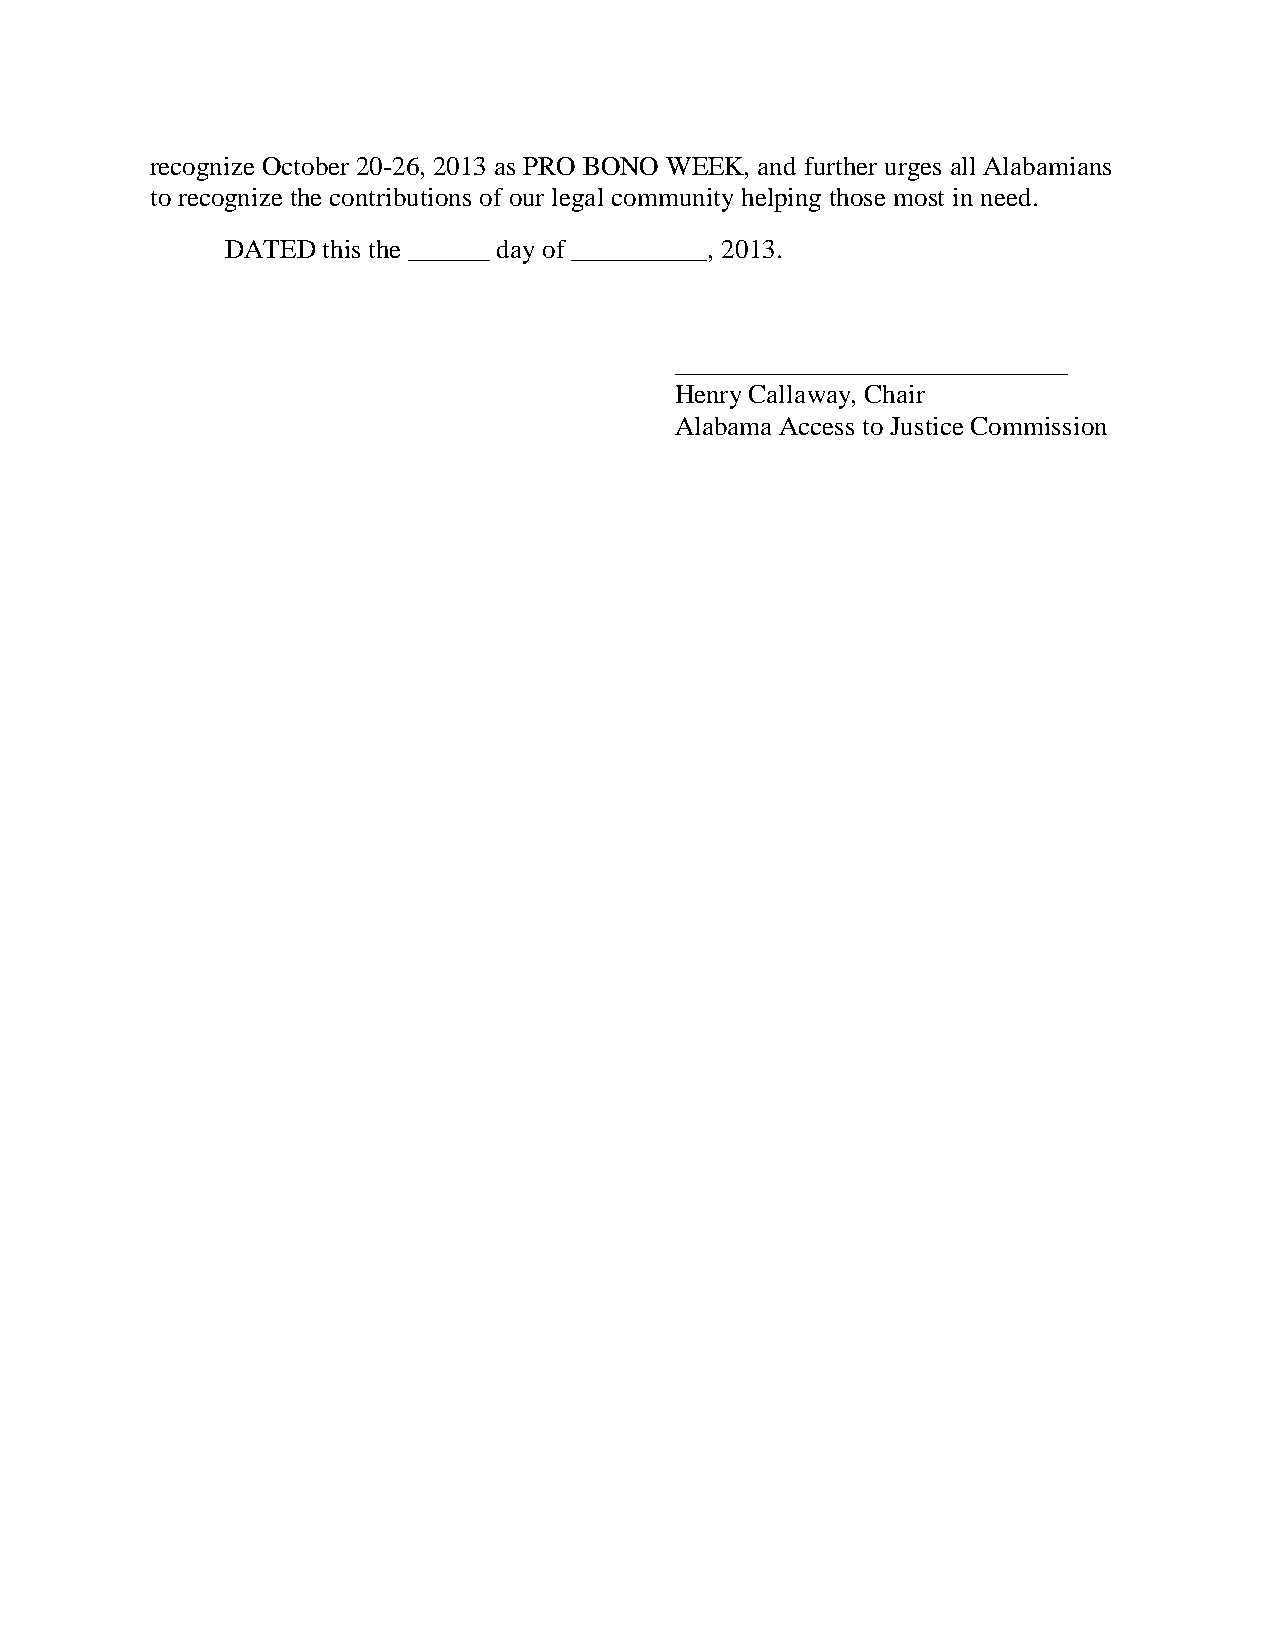
recognize October 20-26, 2013 as PRO BONO WEEK, and further urges all Alabamians
 to recognize the contributions of our legal community helping those most in need.
 DATED this the ______ day of __________, 2013.
 _____________________________
 Henry Callaway, Chair
 Alabama Access to Justice Commission